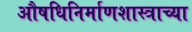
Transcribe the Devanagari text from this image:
औषधिनिर्माणशास्त्राच्या